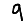
Digit: 9